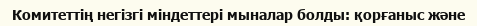
Комитеттің негізгі міндеттері мыналар болды: қорғаныс және